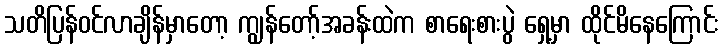
သတိပြန်ဝင်လာချိန်မှာတော့ ကျွန်တော့်အခန်းထဲက စာရေးစားပွဲ ရှေ့မှာ ထိုင်မိနေကြောင်း